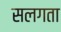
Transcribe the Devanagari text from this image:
सलगता